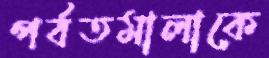
পর্বতমালাকে